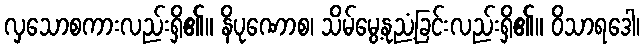
လှသောစကားလည်းရှိ၏။ နိပုဏောစ၊ သိမ်မွေ့နုညံ့ခြင်းလည်းရှိ၏။ ဝိသာရဒေါ၊